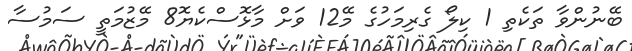
ބޭނުންވާ ތަކެތި 1 ކިލޯ ގެރިމަހުގެ މޭ12 ވަށް މާޅޮސްކެޔޮ8 މޭޒުމަތީ ސަމުސާ